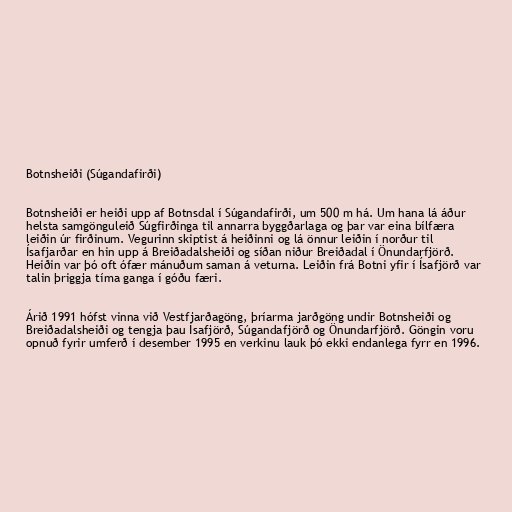
Botnsheiði (Súgandafirði)

Botnsheiði er heiði upp af Botnsdal í Súgandafirði, um 500 m há. Um hana lá áður
helsta samgönguleið Súgfirðinga til annarra byggðarlaga og þar var eina bílfæra
leiðin úr firðinum. Vegurinn skiptist á heiðinni og lá önnur leiðin í norður til
Ísafjarðar en hin upp á Breiðadalsheiði og síðan niður Breiðadal í Önundarfjörð.
Heiðin var þó oft ófær mánuðum saman á veturna. Leiðin frá Botni yfir í Ísafjörð var
talin þriggja tíma ganga í góðu færi.

Árið 1991 hófst vinna við Vestfjarðagöng, þríarma jarðgöng undir Botnsheiði og
Breiðadalsheiði og tengja þau Ísafjörð, Súgandafjörð og Önundarfjörð. Göngin voru
opnuð fyrir umferð í desember 1995 en verkinu lauk þó ekki endanlega fyrr en 1996.